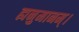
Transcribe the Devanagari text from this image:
ह्यनुमानम्।